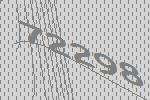
72298